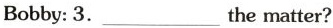
Bobby: 3. ___ the matter?